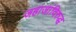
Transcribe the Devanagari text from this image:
जहाजांविरुद्ध